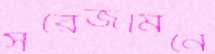
সরেজমিনে